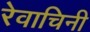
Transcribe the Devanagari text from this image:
रेवाचिनी